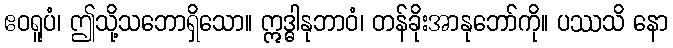
ဧဝရူပံ၊ ဤသို့သဘောရှိသော။ ဣဒ္ဓါနုဘာဝံ၊ တန်ခိုးအာနုဘော်ကို။ ပဿသိ နော